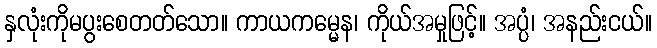
နှလုံးကိုမပွးစေတတ်သော။ ကာယကမ္မေန၊ ကိုယ်အမှုဖြင့်။ အပ္ပံ၊ အနည်းငယ်။